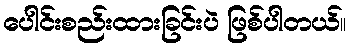
ပေါင်းစည်းထားခြင်းပဲ ဖြစ်ပါတယ်။